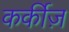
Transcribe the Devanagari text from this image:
कर्कीज़